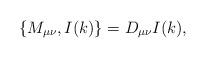
LaTeX: \begin{align*}\left\{ M_{\mu \nu },I(k)\right\} =D_{\mu \nu }I(k), \end{align*}